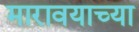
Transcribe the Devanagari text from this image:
मारावयाच्या